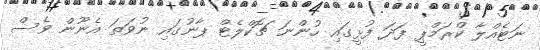
ނަޓެއްލާ ކްރަމްޕީ ފަދަ ފުޅީގައި ހުންނަ ޗޮކްލެޓް ޕާނުގައި ނުވަތަ އެނޫން ވެސް